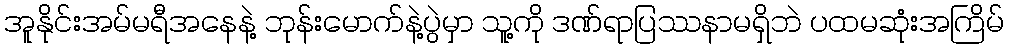
အူနိုင်းအမ်မရီအနေနဲ့ ဘုန်းမောက်နဲ့ပွဲမှာ သူ့ကို ဒဏ်ရာပြဿနာမရှိဘဲ ပထမဆုံးအကြိမ်